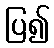
ပြ၍